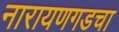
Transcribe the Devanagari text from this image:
नारायणगडचा